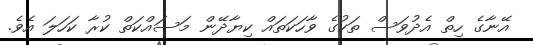
އޭނާގެ ހިތް އެދުވަސް ތަކުގެ ވާހަކަތައް ކިޔާދޭން މަސައްކަތް ކުރާ ކަހަލަ އެވެ.